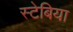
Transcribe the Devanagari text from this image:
स्टेबिया